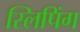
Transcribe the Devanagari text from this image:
स्लिपिंग